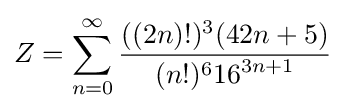
Z=\sum _{n=0}^{\infty }{\frac {((2n)!)^{3}(42n+5)}{(n!)^{6}{16}^{3n+1}}}